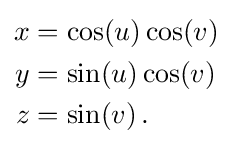
{\begin{aligned}x&=\cos(u)\cos(v)\\y&=\sin(u)\cos(v)\\z&=\sin(v)\,.\end{aligned}}